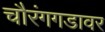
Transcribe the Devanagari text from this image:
चौरंगगडावर